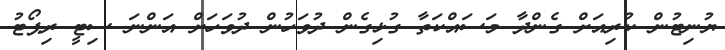
ޔުނިޓުން ކުރިއަށް ގެންދާ މަސައްކަތާ ގުޅިގެން ދުވަހުން ދުވަހަށް އަންނަ ސިޓީ ރިޕޯޓު